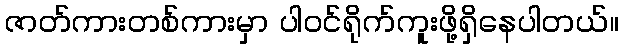
ဇာတ်ကားတစ်ကားမှာ ပါဝင်ရိုက်ကူးဖို့ရှိနေပါတယ်။